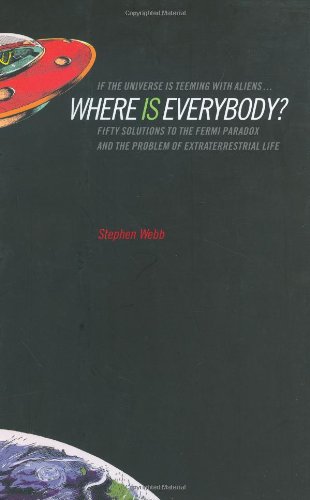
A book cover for If the Universe Is Teeming with Aliens ... WHERE IS EVERYBODY?: Fifty Solutions to the Fermi Paradox and the Problem of Extraterrestrial Life; Stephen Webb; Science & Math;